Tezpur Lunatic Asylum reports 1877-1894 - 1877-1894
Year: 1877
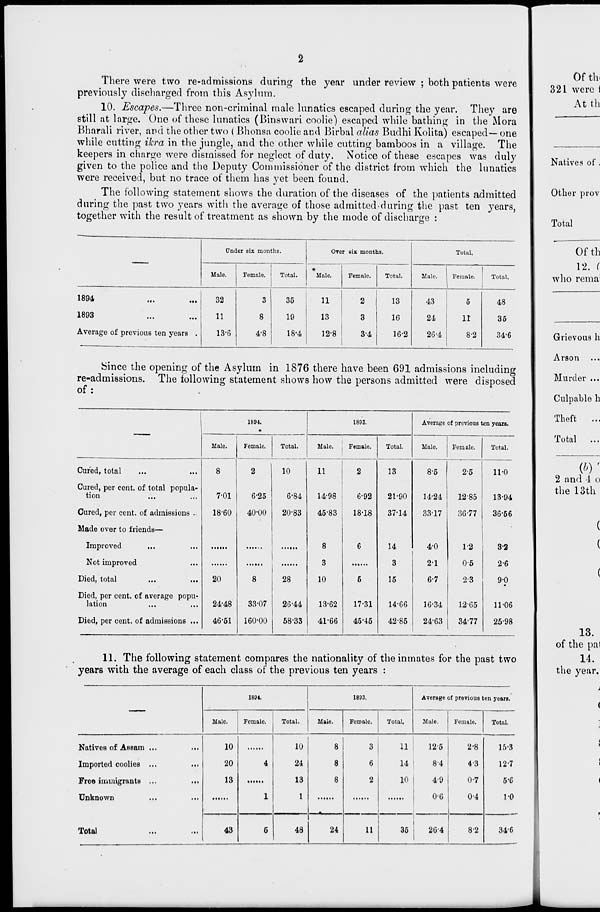
There were two re-admissions during the year under review ; both patients were
previously discharged from this Asylum.
10. Escapes.—Three non-criminal male lunatics escaped during the year. They are
still at large. One of these lunatics (Binswari coolie) escaped while bathing in the Mora
Bharali river, and the other two ( Bhonsa coolie and Birbal alias Budhi Kolita) escaped— one
while cutting ikra in the jungle, and the otlier while cutting bamboos in a village. The
keepers in charge were dismissed for neglect of duty. Notice of these escapes was duly
given to the police and the Deputy Commissioner of the district from which the lunatics
were received, but no trace of them has yet been found.
The following statement shows the duration of the diseases of the patients admitted
during the past two years with the average of those admitted during the past ten years,
together with the result of treatment as shown by the mode of discharge :
Under six months.
over six months.
Total,
Male.
Female.
Total.
•
Male.
Female.
Total.
Male.
Female.
Total.
1894
...
...
32
3
35
11
2
13
43
5
48
1893
...
11
8
19
13
3
16
24
11
35
Average of previous ten years .
13-6
4-8
18-4
12-8
3-4
16-2
26-4
8-2
34-6
Since the opening of the Asylum in 1876 there have been 691 admissions including
re-admissions. The following statement shows how the persons admitted were disposed
of:
1894.
1893.
Average af previous ten years.
Male.
Female.
Total.
Male.
Female.
Total.
Male.
Female.
Total.
Cured, total
8
2
10
11
2
13
8-5
2-5
11-0
Cured, per cent, of total popula-
tion
...
7-01
6-25
6-84
14-98
6-92
21-90
14-24
1285
13-94
Cured, per cent, of admissions ..
18-60
40-00
20-83
45-83
18-18
37-14
33-17
36-77
36-56
Made over to friends—
'
Improved
8
6
14
4-0
1-2
3-2
Not improved
3
3
21
0-5
2-6
Died, total
20
8
28
10
6
15
6-7
2-3
9-p
Died, per cent, of average popu-
lation
...
24-48
33-07
26-44
13-62
17-31
14-66
16-34
12-65
11-06
Died, per cent, of admissions ...
46-51
160-00
58-33
41-66
45-45
42-85
24-63
1
34-77
25-98
11. The following statement compares the nationality of the inmates for the past two
years with the average of each class of the previous ten years :
1894.
1893.
Average of previous ten years.
Male.
Female.
Total.
Male.
Female.
Total.
Male.
Female.
Total.
Natives of AsBam ...
...
10
10
8
3
11
12-5
2-8
15-3
Imported coolies ...
...
20
4
24
8
6
14
8-4
4-3
12-7
Free immigrants ...
...
13
13
8
2
10
4-9
0-7
6-6
Unknown
...
1
1
L
0-6
0-4
1-0
Total
...
43
5
48
24
11
35
26-4
8-2
346
Ofth.
321 were i
At th
Natives of,
Otlier prov
Total
Ofth
12. (
who rema
Grievous h
Arson
Murder ...
Culpable h
Theft ...
Total ...
2 and -1 o
the 13th
13.
of the pal
14.
the year.